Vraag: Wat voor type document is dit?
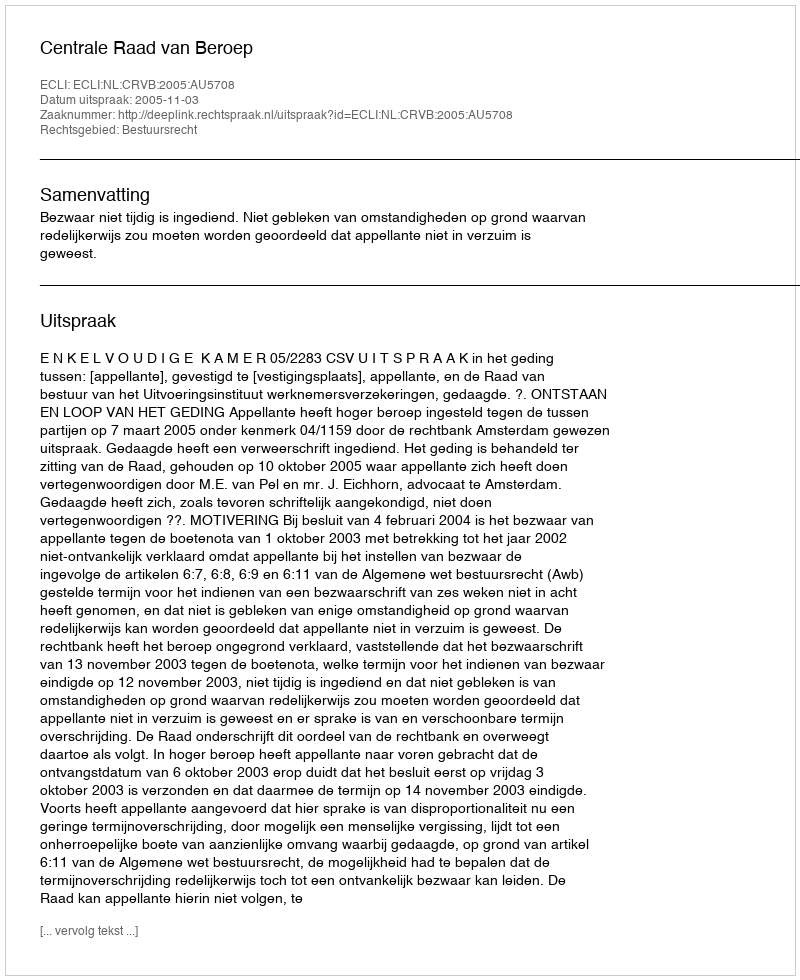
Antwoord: Uitspraak